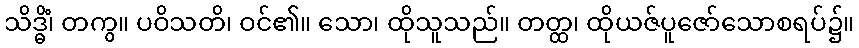
သိဒ္ဓိံ၊ တကွ။ ပဝိသတိ၊ ဝင်၏။ သော၊ ထိုသူသည်။ တတ္ထ၊ ထိုယဇ်ပူဇော်သောစရပ်၌။